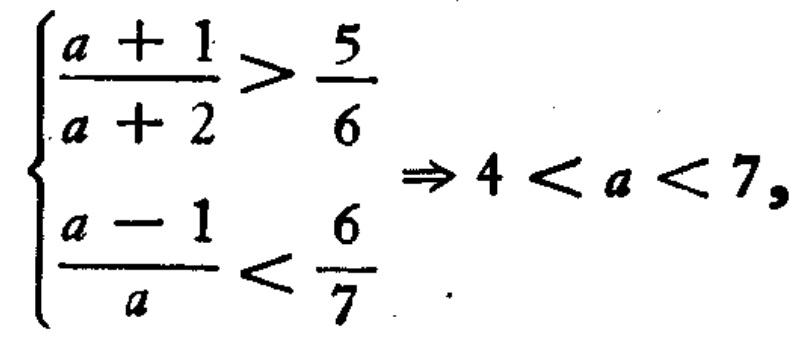
$\left\{\begin{array}{l}\frac{a + 1}{a + 2}>\frac{5}{6}\\ \frac{a - 1}{a}<\frac{6}{7}\end{array}\right.\Rightarrow 4 < a < 7,$